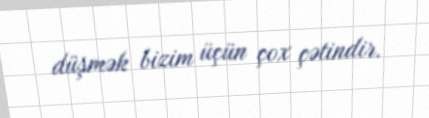
düşmək bizim üçün çox çətindir.